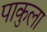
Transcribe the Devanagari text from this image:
पाकुला